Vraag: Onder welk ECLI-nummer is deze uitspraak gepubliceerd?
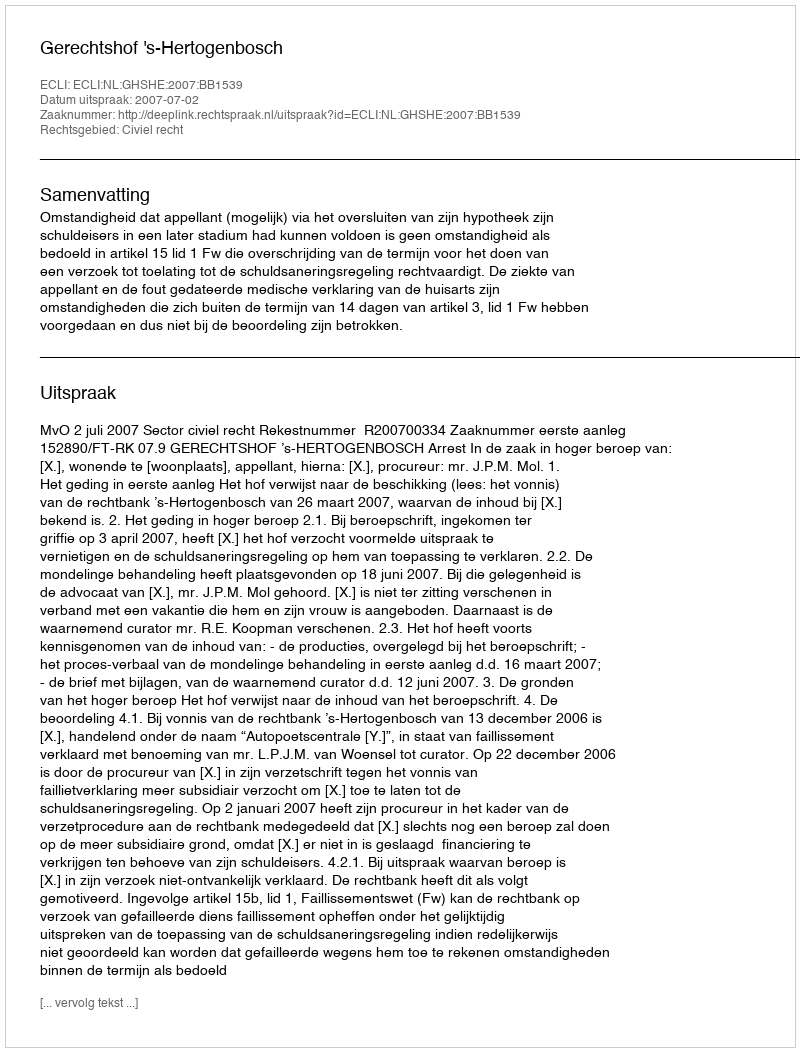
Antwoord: ECLI:NL:GHSHE:2007:BB1539